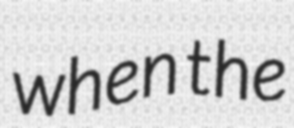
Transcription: when the